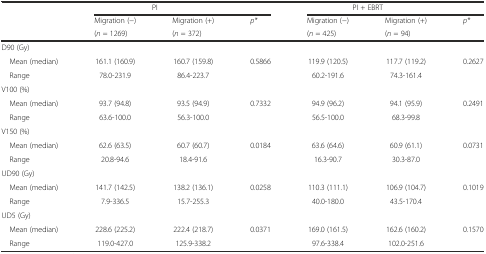
|  | <COLSPAN=3> PI | <COLSPAN=3> PI + EBRT |
 | <ROWSPAN=2>  | Migration (−) | Migration (+) | p* | Migration (−) | Migration (+) | p* |
 | (n = 1269) | (n = 372) |  | (n = 425) | (n = 94) |  |
 | --- | --- | --- | --- | --- | --- | --- |
 | <COLSPAN=7> D90 (Gy) |
 | Mean (median) | 161.1 (160.9) | 160.7 (159.8) | 0.5866 | 119.9 (120.5) | 117.7 (119.2) | 0.2627 |
 | Range | 78.0-231.9 | 86.4-223.7 |  | 60.2-191.6 | 74.3-161.4 |  |
 | <COLSPAN=7> V100 (%) |
 | Mean (median) | 93.7 (94.8) | 93.5 (94.9) | 0.7332 | 94.9 (96.2) | 94.1 (95.9) | 0.2491 |
 | Range | 63.6-100.0 | 56.3-100.0 |  | 56.5-100.0 | 68.3-99.8 |  |
 | <COLSPAN=7> V150 (%) |
 | Mean (median) | 62.6 (63.5) | 60.7 (60.7) | 0.0184 | 63.6 (64.6) | 60.9 (61.1) | 0.0731 |
 | Range | 20.8-94.6 | 18.4-91.6 |  | 16.3-90.7 | 30.3-87.0 |  |
 | <COLSPAN=7> UD90 (Gy) |
 | Mean (median) | 141.7 (142.5) | 138.2 (136.1) | 0.0258 | 110.3 (111.1) | 106.9 (104.7) | 0.1019 |
 | Range | 7.9-336.5 | 15.7-255.3 |  | 40.0-180.0 | 43.5-170.4 |  |
 | <COLSPAN=7> UD5 (Gy) |
 | Mean (median) | 228.6 (225.2) | 222.4 (218.7) | 0.0371 | 169.0 (161.5) | 162.6 (160.2) | 0.1570 |
 | Range | 119.0-427.0 | 125.9-338.2 |  | 97.6-338.4 | 102.0-251.6 |  |